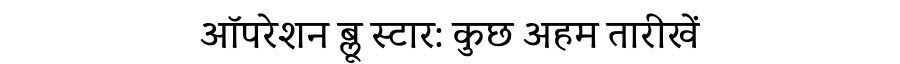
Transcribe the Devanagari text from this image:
ऑपरेशन ब्लू स्टार: कुछ अहम तारीखें